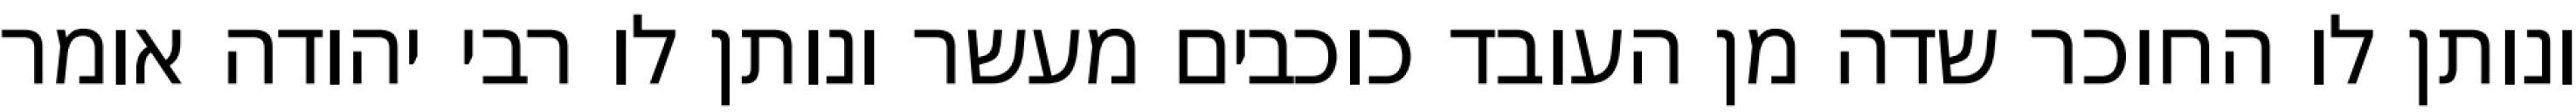
ונותן לו החוכר שדה מן העובד כוכבים מעשר ונותן לו רבי יהודה אומר